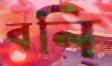
বনি